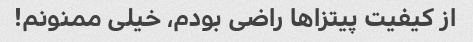
از کیفیت پیتزاها راضی بودم، خیلی ممنونم!